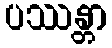
ပဿန္တာ